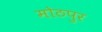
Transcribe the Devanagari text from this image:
मोठपुर